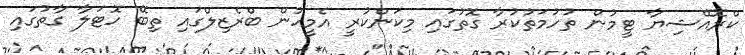
ކްރޮއޭޝިޔާ ޓީމުން ތުހުމަތުކުރާ ގޮތުގައި މިކަންކުރީ އެމީހުން ބްރެޒިލްގައި ތިބޭ ހޮޓަލާ ގާތުގައި